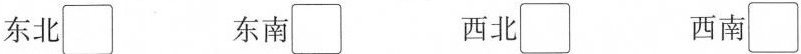
东北□ 东南□ 西北□ 西南□